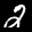
Label: 2